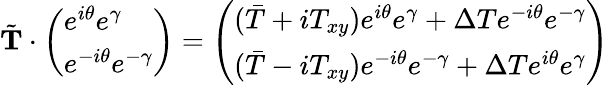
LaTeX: \tilde{\mathbf T}\cdot\left(\begin{array}{l}{e^{i\theta}e^{\gamma}}\\ {e^{-i\theta}e^{-\gamma}}\end{array}\right)=\left(\begin{array}{l}{(\bar{T}+iT_{xy})e^{i\theta}e^{\gamma}+\Delta Te^{-i\theta}e^{-\gamma}}\\ {(\bar{T}-iT_{xy})e^{-i\theta}e^{-\gamma}+\Delta Te^{i\theta}e^{\gamma}}\end{array}\right)